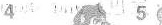
4 5